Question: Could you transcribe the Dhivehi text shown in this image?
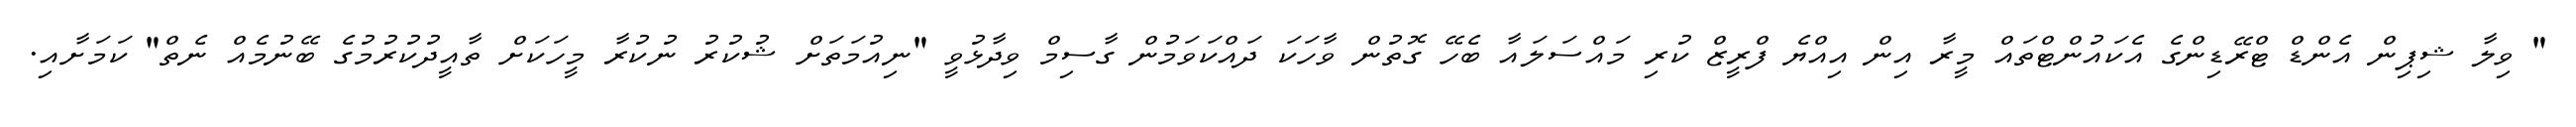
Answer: " ވިލާ ޝިޕިން އެންޑް ޓްރޭޑިންގެ އެކައުންޓްތައް މީރާ އިން އިއްޔެ ފްރީޒް ކުރި މައްސަލައާ ބެހޭ ގޮތުން ވާހަކަ ދައްކަވަމުން ގާސިމް ވިދާޅުވީ "ނިއުމަތަށް ޝުކުރު ނުކުރާ މީހަކަށް ތާއީދުކުރުމުގެ ބޭނުމެއް ނެތް" ކަމަށާއި.